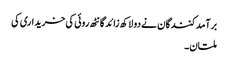
برآمدکنندگان نے دو لاکھ زائد گانٹھ روئی کی خریداری کی
ملتان۔